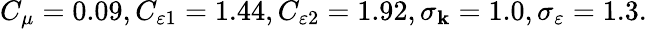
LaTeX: C_{\mu}=0.09,C_{\varepsilon1}=1.44,C_{\varepsilon2}=1.92,\sigma_{\mathbf{k}}=1.0,\sigma_{\varepsilon}=1.3.